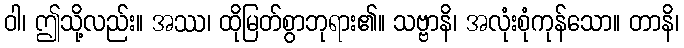
ဝါ၊ ဤသို့လည်း။ အဿ၊ ထိုမြတ်စွာဘုရား၏။ သဗ္ဗာနိ၊ အလုံးစုံကုန်သော။ တာနိ၊